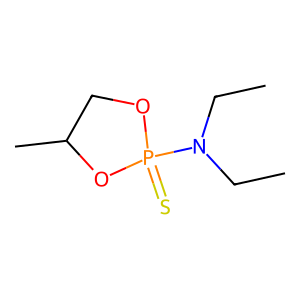
SMILES: CCN(CC)P1(=S)OCC(C)O1
Inhibits HIV replication: No